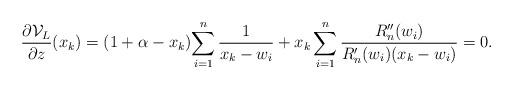
LaTeX: \begin{align*}\frac{\partial \mathcal{V}_{L}}{\partial z}(x_k)= (1+\alpha-x_k){\sum_{i=1}^{n} \frac{1}{x_k-w_i}}+ x_k\sum_{i=1}^{n}\frac{R_n^{\prime \prime}(w_i)}{R_n^{\prime}(w_i)(x_k-w_i)}= 0.\end{align*}